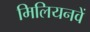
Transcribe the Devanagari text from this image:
मिलियनवें